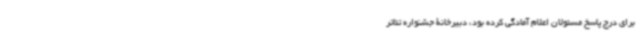
برای درج پاسخ مسئولان اعلام آمادگی کرده بود، دبیرخانۀ جشنواره تئاتر